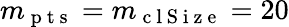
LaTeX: m_{\mathrm{~p~t~s~}}=m_{\mathrm{~c~l~S~i~z~e~}}=20